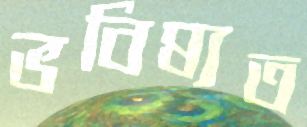
ভবিষ্যত